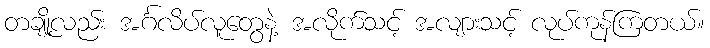
တချို့လည်း အင်္ဂလိပ်လူတွေနဲ့ အလိုက်သင့် အလျားသင့် လုပ်ကုန်ကြတယ်။